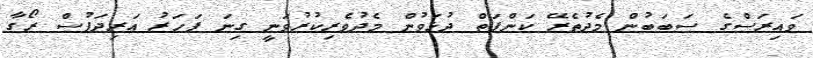
ވައިރަސްގެ ސަބަބުން މެދުތެރޭ ކަންފަތް ދުޅަވުން މެދުވެރިކުރުވަނީ ގިނަ ފަހަރު އަރިދަފުސް ރޯގާ